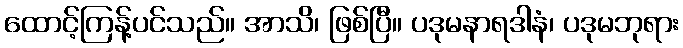
ထောင့်ကြန့်ပင်သည်။ အာသိ၊ ဖြစ်ပြီ။ ပဒုမနာရဒါနံ၊ ပဒုမဘုရား